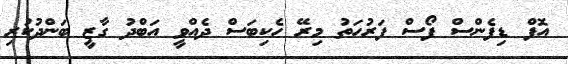
އޮފް ޑިފެންސް ފޯސް ފަރުހަތު މިރޭ ހެކިބަސް ދެއްވީ އަބްދު ގާޒީ ބަންދުކުރި